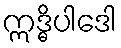
ဣဒ္ဓိပါဒေါ